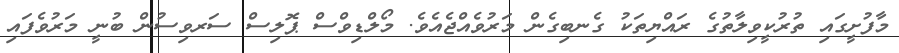
މާފުށީގައި ތުރުކީވިލާތުގެ ރައްޔިތަކު ގެނބިގެން މަރުވެއްޖެއެވެ. މޯލްޑިވްސް ޕޮލިސް ސަރވިސުން ބުނީ މަރުވެފައި